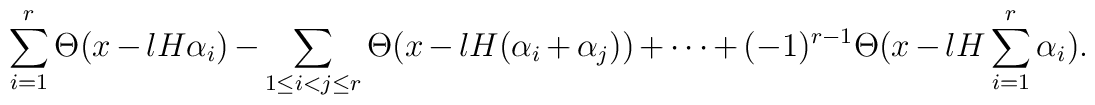
\sum_{i=1}^r \Theta(x-lH \alpha_i) -\sum_{1 \le  i<j\le r} \Theta(x-lH  (\alpha_i + \alpha_j)) + \cdots + (-1)^{r-1} \Theta(x-lH \sum_{i=1}^r \alpha_i).